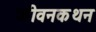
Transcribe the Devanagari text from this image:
जीवनकथन